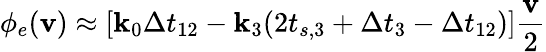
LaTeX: \phi_{e}(\mathbf{v})\approx[\mathbf{k}_{0}\Delta t_{12}-\mathbf{k}_{3}(2t_{s,3}+\Delta t_{3}-\Delta t_{12})]\frac{\mathbf{v}}{2}